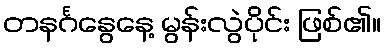
တနင်္ဂနွေနေ့ မွန်းလွဲပိုင်း ဖြစ်၏။